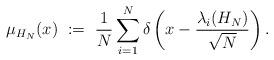
LaTeX: \begin{align*}\mu_{H_N}(x) \ := \ \frac{1}{N}\sum_{i = 1}^N\delta \left( x - \frac{\lambda_i(H_N)}{\sqrt{N}} \right). \end{align*}